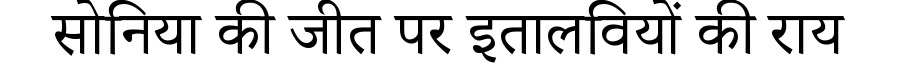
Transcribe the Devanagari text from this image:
सोनिया की जीत पर इतालवियों की राय